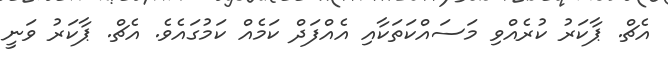
އެޗް. ޕާކަރު ކުރެއްވި މަސައްކަތަކާއި އެއްފަދް ކަމެއް ކަމުގައެވެ. އެޗް. ޕާކަރު ވަނީ